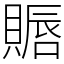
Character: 䞅